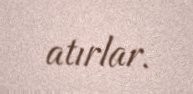
atırlar.